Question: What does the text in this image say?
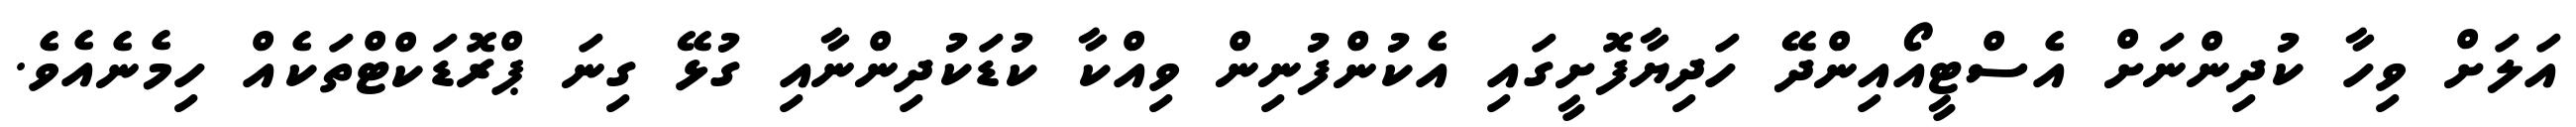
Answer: އަލަށް ވިހާ ކުދިންނަށް އެސްޓީއޯއިންދޭ ހަދިޔާފޮށީގައި އެކުންފުނިން ވިއްކާ ކުޑަކުދިންނާއި ގުޅޭ ގިނަ ޕްރޮޑަކްޓްތަކެއް ހިމެނެއެވެ.